Vaccination in Bombay 1874-1876 - 1874-1876
Year: 1874
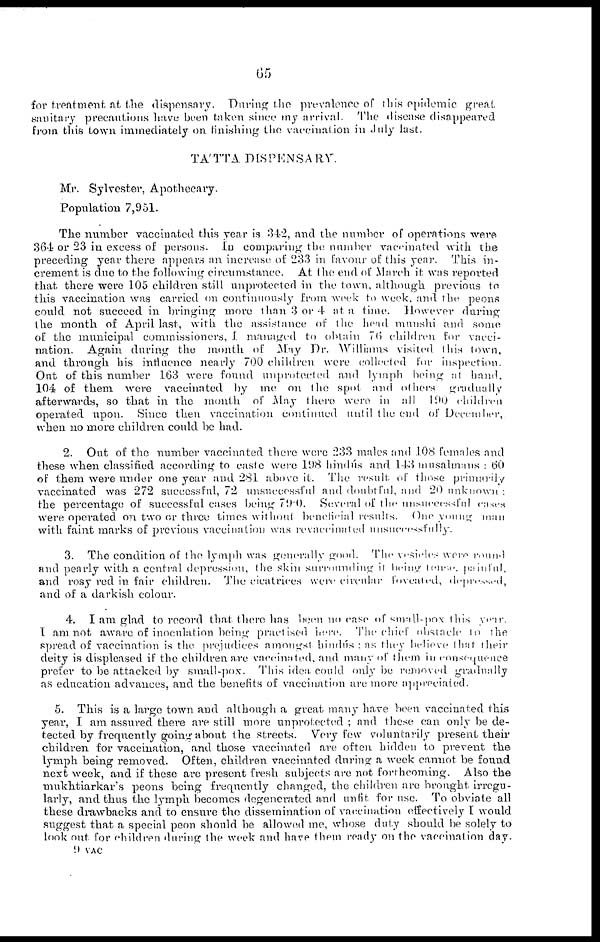
65
for treatment at the dispensary. During the prevalence of this epidemic great
sanitary precantions have been taken since my arrival. The disease disappeared
from this town immediately on finishing the vaccination in July last.
TÁTTA DISPENSARY.
Mr. Sylvester, Apothecary.
Population 7,951.
The number vaccinated this year is 342, and the number of operations were
364 or 23 in excess of persons. In comparing the number vaccinated with the
preceding year there appears an increase of 233 in favour of this year. This in-
crement is due to the following circumstance. At the end of March it was reported
that there were 105 children still unprotected in the town, although previous to
this vaccination was carried on continuously from week to week, and the peons
could not succeed in bringing more than 3 or 4 at a time. However during
the month of April last, with the assistance of the head munshi and some
of the municipal commissioners, I managed to obtain 76 children for vacci-
nation. Again during the month of May Dr. Williams visited this town,
and through his influence nearly 700 children were collected for inspection.
Out of this number 163 were found unprotected and lymph being at hand.
104 of them were vaccinated by me on the spot and others gradually
afterwards, so that in the month of May there were in all 190 children
operated upon. Since then vaccination continued until the end of December,
when no more children could be had.
2. Out of the number vaccinated there were 233 males and 108 females and
these when classified according to caste were 198 hindús and 143 musalmans : 60
of them were under one year and 281 above it. The result of those primarily
vaccinated was 272 successful, 72 unsuccessful and doubtful, and 20 unknown ;
the percentage of successful cases being 79.0. Several of the unsuccessful cases
were operated on two or three times without beneficial results. One young man
with faint marks of previous vaccination was revaccinated unsuccessfully.
3. The condition of the lymph was generally good. The vesicles were round
and pearly with a central depression, the skin surrounding it being lense, painful,
and rosy red in fair children. The cicatrices were circular foveated, depressed,
and of a darkish colour.
4. I am glad to record that there has been no case of small-pox this year.
I am not aware of inoculation being practised here. The chief obstacle to the
spread of vaccination is the prejudices amongst hindús ; as they believe that their
deity is displeased if the children are vaccinated, and many of them in consequence
prefer to be attacked by small-pox. This idea could only be removed gradually
as education advances, and the benefits of vaccination are more appreciated.
5. This is a large town and although a great many have been vaccinated this
year, I am assured there are still more unprotected ; and these can only be de-
tected by frequently going about the streets. Very few voluntarily present their
children for vaccination, and those vaccinated are often hidden to prevent the
lymph being removed. Often, children vaccinated during a week cannot be found
next week, and if these are present fresh subjects are not forthcoming. Also the
mukhtiarkar's peons being frequently changed, the children are brought irregu-
larly, and thus the lymph becomes degenerated and unfit for use. To obviate all
these drawbacks and to ensure the dissemination of vaccination effectively I would
suggest that a special peon should be allowed me, whose duty should be solely to
look out for children during the week and have them ready on the vaccination day.
9 VAC